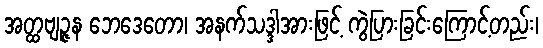
အတ္ထဗျဉ္ဇန ဘေဒေတော၊ အနက်သဒ္ဒါအားဖြင့် ကွဲပြားခြင်းကြောင့်တည်း၊